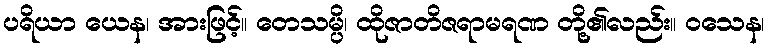
ပရိယာ ယေန၊ အားဖြင့်။ တေသမ္ပိ၊ ထိုဇာတိဇရာမရဏ တို့၏လည်း။ ဝသေန၊